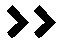
>>